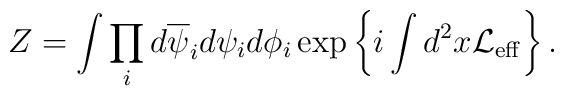
Z = \int \prod_i d\overline{\psi}_i d\psi_i d\phi_i \exp\left\{i\int d^2x {\cal L}_{\rm eff}\right\}.